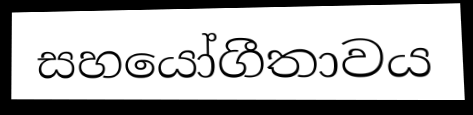
සහයෝගීතාවය